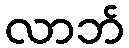
လာဘ်